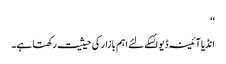
‘‘
انڈیا آئینہ ڈیوائسکے لئے اہم بازار کی حیثیت رکھتا ہے۔